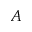
A